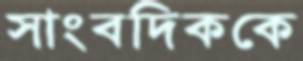
সাংবদিককে